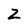
Character: Z